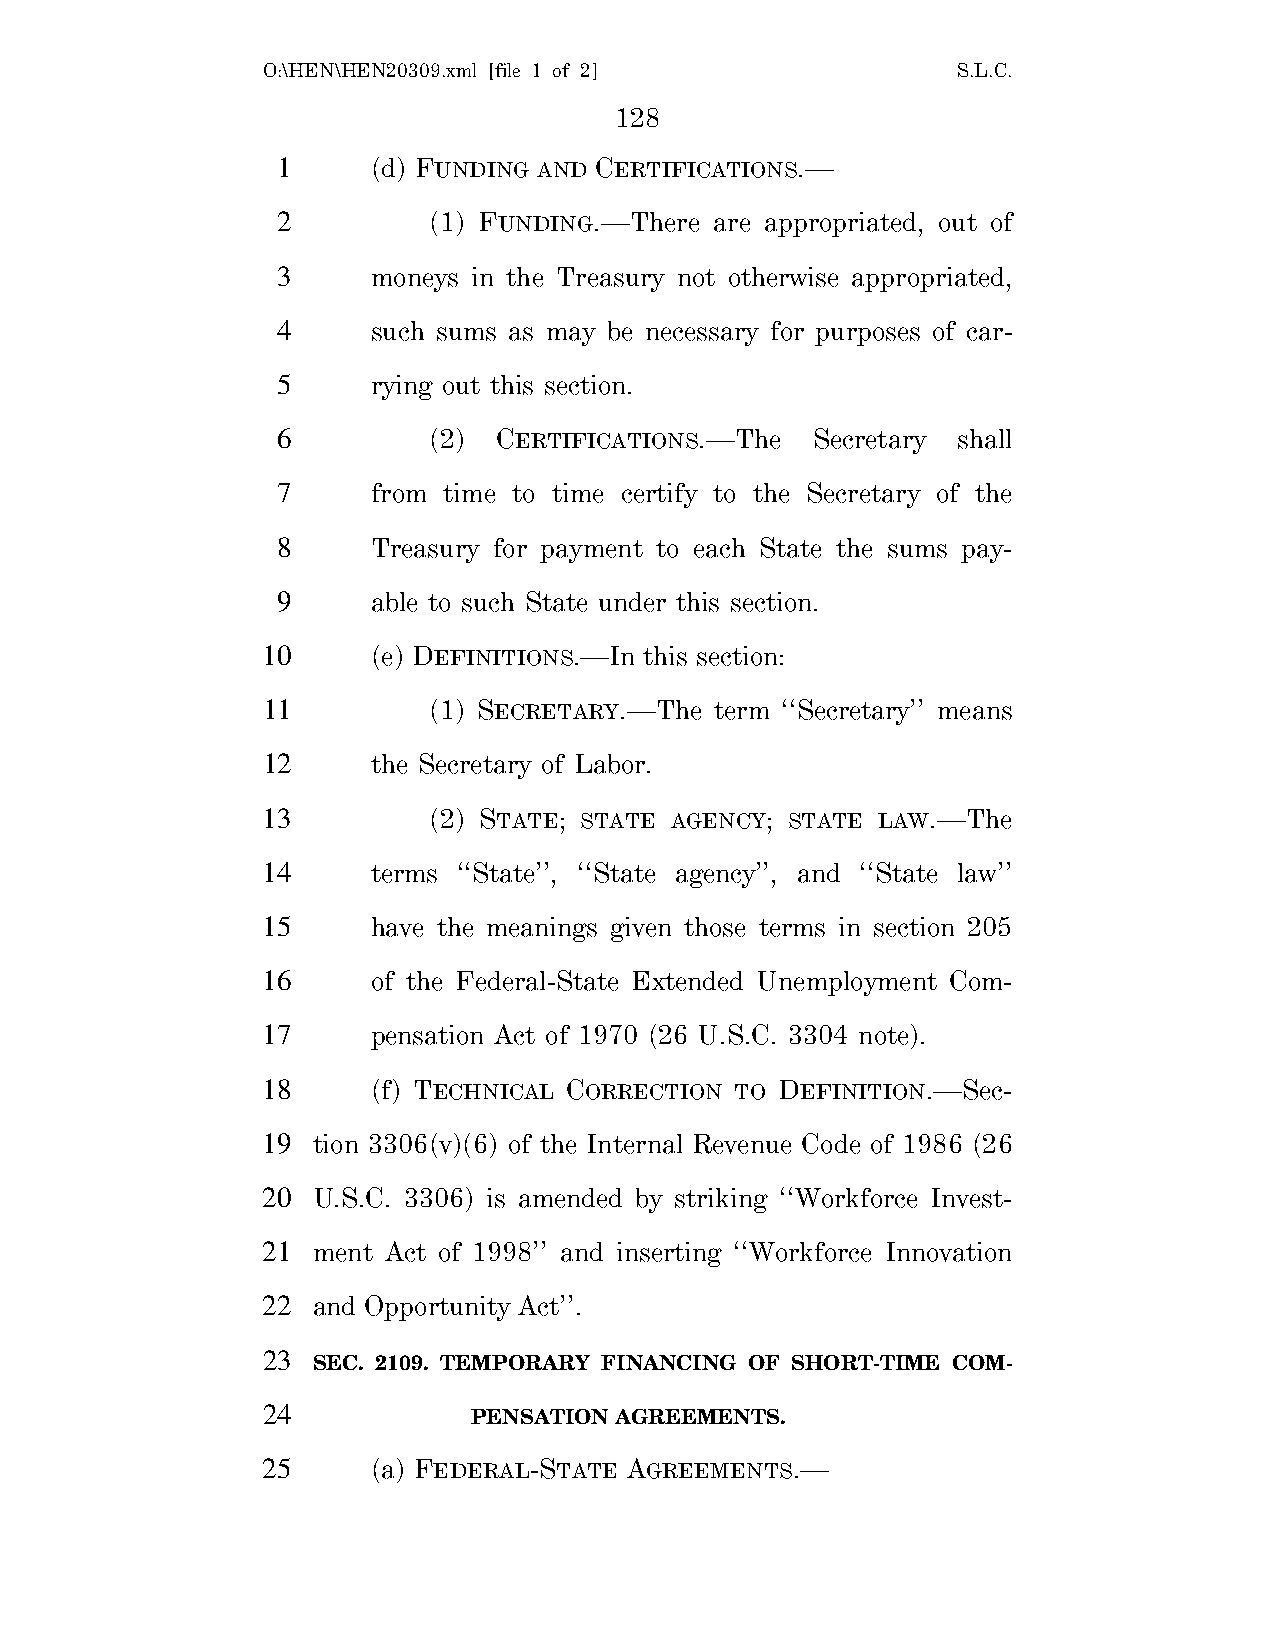
O:\HEN\HEN20309.xml [file 1 of 2]             S.L.C.
 128
 1      (d) FUNDING AND CERTIFICATIONS.—
 2         (1) FUNDING.—There are appropriated, out of
 3      moneys in the Treasury not otherwise appropriated,
 4      such sums as may be necessary for purposes of car-
 5      rying out this section.
 6         (2)  CERTIFICATIONS.—The  Secretary shall
 7      from time to time certify to the Secretary of the
 8      Treasury for payment to each State the sums pay-
 9      able to such State under this section.
 10      (e) DEFINITIONS.—In this section:
 11         (1) SECRETARY.—The term ‘‘Secretary’’ means
 12      the Secretary of Labor.
 13         (2) STATE; STATE AGENCY; STATE LAW.—The
 14      terms ‘‘State’’, ‘‘State agency’’, and ‘‘State law’’
 15      have the meanings given those terms in section 205
 16      of the Federal-State Extended Unemployment Com-
 17      pensation Act of 1970 (26 U.S.C. 3304 note).
 18      (f) TECHNICAL CORRECTION TO DEFINITION.—Sec-
 19  tion 3306(v)(6) of the Internal Revenue Code of 1986 (26
 20  U.S.C. 3306) is amended by striking ‘‘Workforce Invest-
 21  ment Act of 1998’’ and inserting ‘‘Workforce Innovation
 22  and Opportunity Act’’.
 23
 SEC. 2109. TEMPORARY FINANCING OF SHORT-TIME COM-
 24
 PENSATION AGREEMENTS.
 25      (a) FEDERAL-STATE AGREEMENTS.—